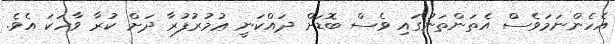
އެހެންނަމަވެސް އެތަންތަނުގައި ވެސް ބޮޑަށް ދައްކަނީ ޢުމުރުފުރާ ދަށް ކުރާ ވާހަކަ އެވެ.